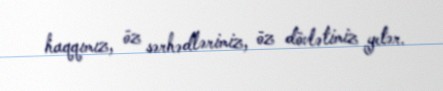
haqqımız, öz sərhədlərimiz, öz dövlətimiz yetər.